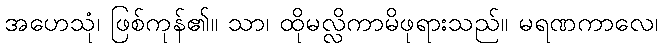
အဟေသုံ၊ ဖြစ်ကုန်၏။ သာ၊ ထိုမလ္လိကာမိဖုရားသည်။ မရဏကာလေ၊